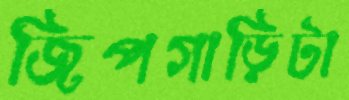
জিপগাড়িটা